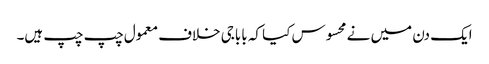
ایک دن میں نے محسوس کیا کہ باباجی خلاف معمول چپ چپ ہیں۔